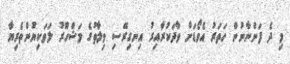
މި ދެ ފަންނާނުން ހަތަރު އެވޯޑަށް ވާދަކުރާއިރު އިނގިރޭސި ވިލާތުގެ މަޝްހޫރު ލަވަކިޔުންތެރިޔާ